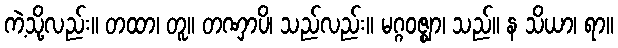
ကဲ့သို့လည်း။ တထာ၊ တူ။ တဏှာပိ၊ သည်လည်း။ မဂ္ဂဝဇ္ဈာ၊ သည်။ န သိယာ၊ ရာ။